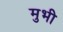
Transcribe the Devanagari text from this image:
मुभी